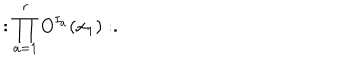
: \prod _ { a = 1 } ^ { r } O ^ { I _ { a } } ( x _ { 1 } ) : .